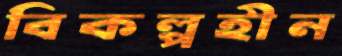
বিকল্পহীন